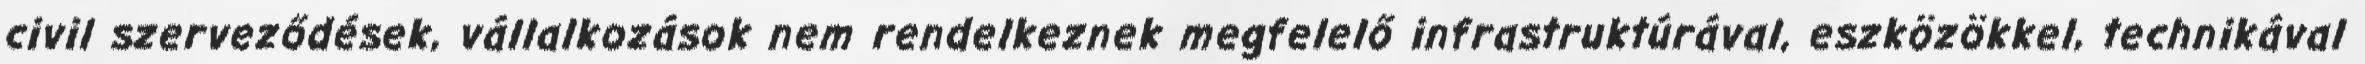
civil szerveződések, vállalkozások nem rendelkeznek megfelelő infrastruktúrával, eszközökkel, technikával